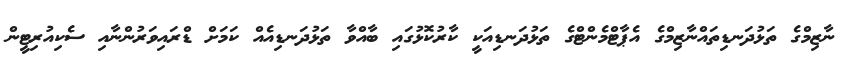
ނާޒިމްގެ ތަޅުދަނޑިތައްނާޒިމްގެ އެޕާޓްމެންޓްގެ ތަޅުދަނޑިއަކީ ކާރުކޮޅުގައި ބާއްވާ ތަޅުދަނޑިއެއް ކަމަށް ޑްރައިވަރުންނާއި ސެކިއުރިޓީން